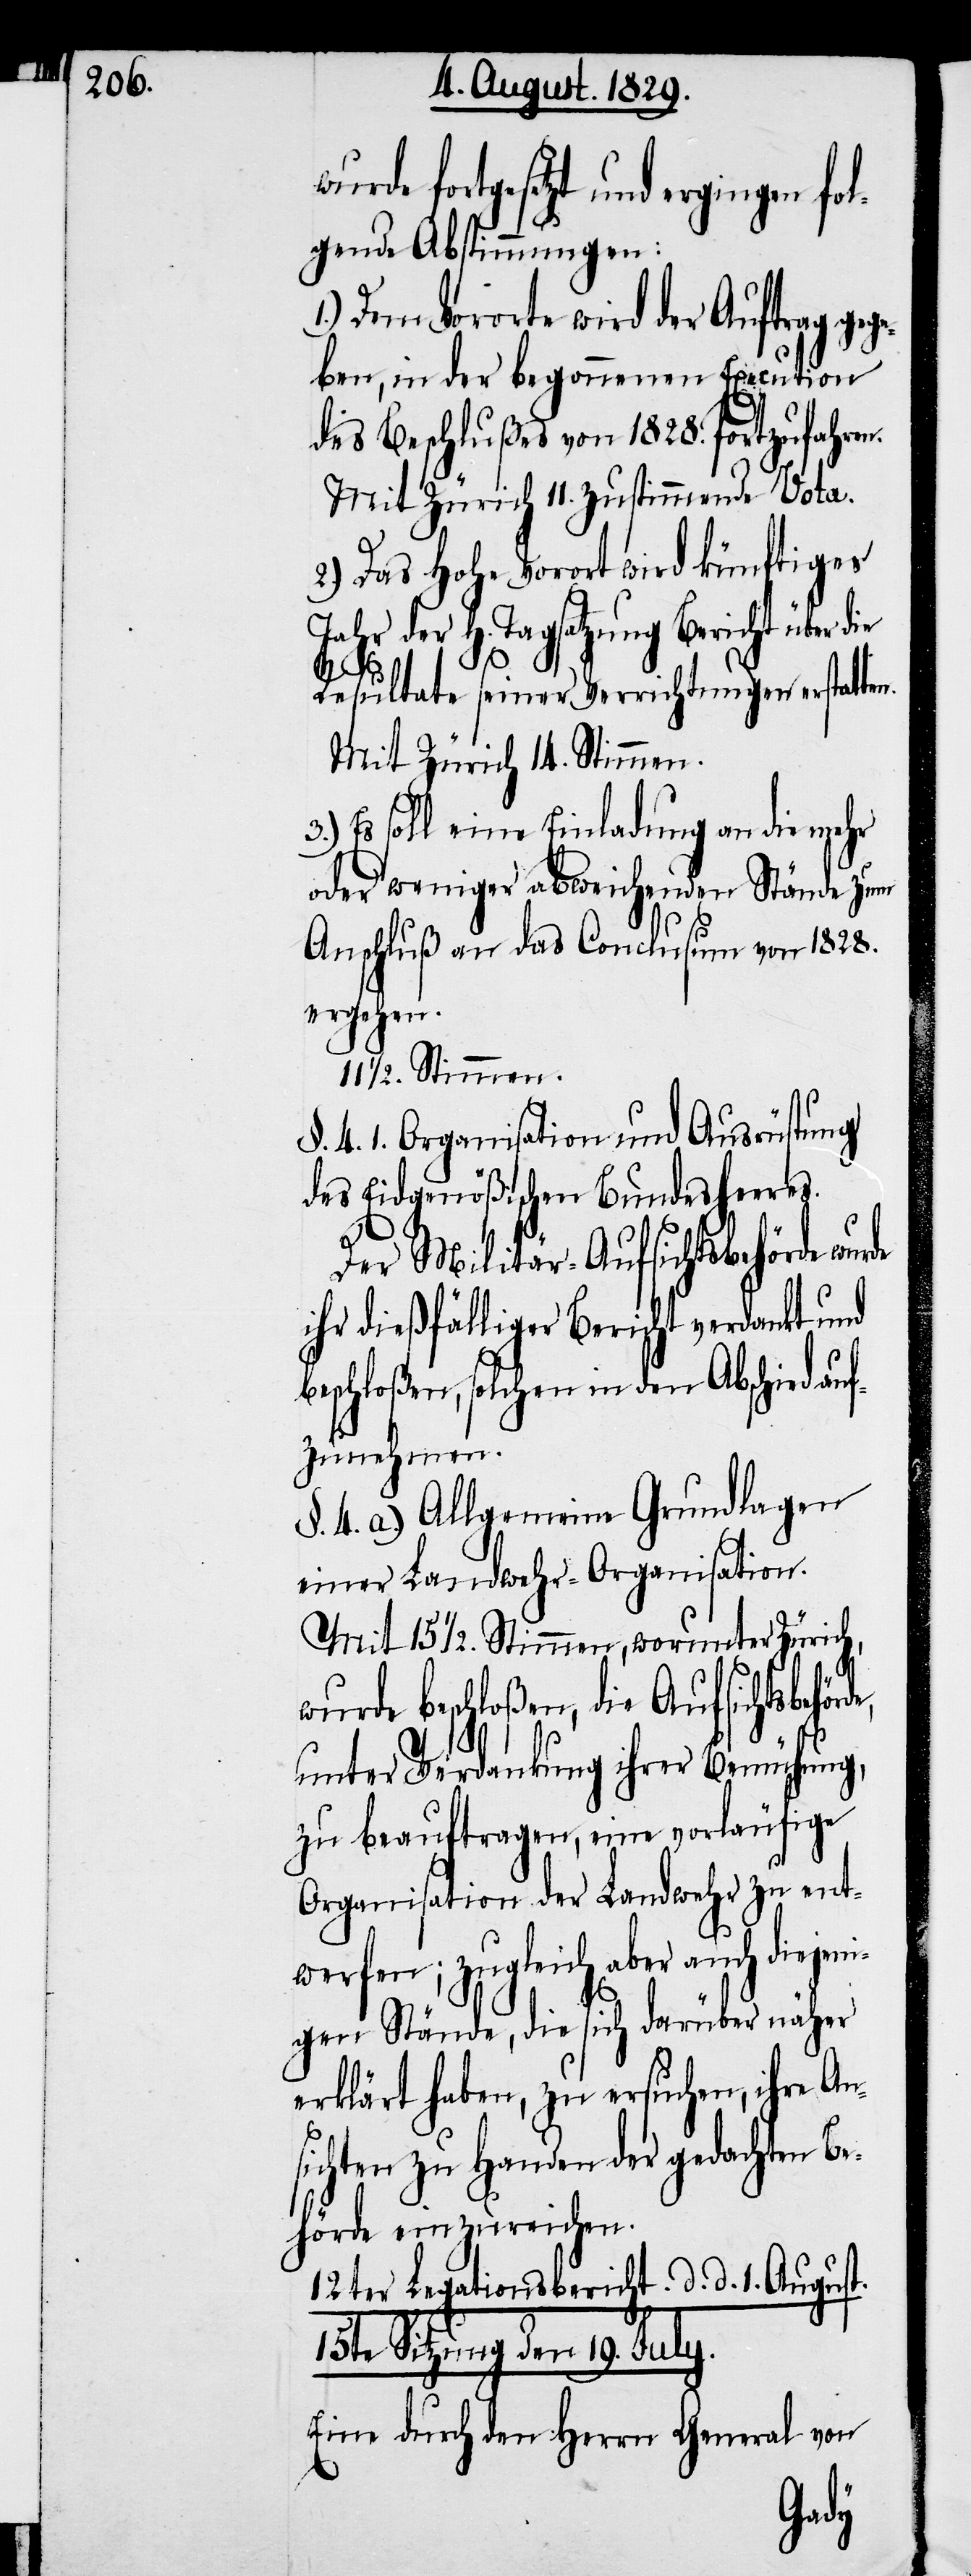
de,

fortgesetzt und ergingen fol¬
gende Abstimmungen:
1.) Dem Vororte wird der Auftrag geg¬
eben, in der begonnenen Execution
des Beschlußes von 1828. fortzufahren.
Mit Zürich 11. zustimmende Vota.
2.) Das Hohe Vorort wird künftiges
Jahr der H. Tagsatzung Bericht über die
Resultate seiner Verrichtungen erstatten.
Mit Zürich 14. Stimmen.
Es soll eine Einladung an die mehr
oder weniger abweichenden Stände zum
Anschluß an das Conclusum von 1828.
ergehen.
11½. Stimmen.
§. 4. 1. Organisation und Ausrüstung
des Eidgenößischen Bundesheeres.
Der Militär-Aufsichtsbehörde wurde
ihr dießfälliger Bericht verdankt und
beschloßen, solchen in den Abschied au¬
fzunehmen.
§. 4. a.) Allgemeine Grundlagen
einer Landwehr-Organisation.
Mit 15½. Stimmen, worunter Zürich,
wurde beschloßen, die Aufsichtsbehör¬
unter Verdankung ihrer Bemühung,
zu beauftragen, eine vorläufige
Organisation der Landwehr zu ent¬
werfen; zugleich aber auch diejen¬
igen Stände, die sich darüber näher
erklärt haben, zu ersuchen, ihre An¬
sichten zu Handen der gedachten B¬
ehörde einzureichen.
12ter Legationsbericht d. d. 1. August.
15te Sitzung den 19. July.
Eine durch den Herrn General von